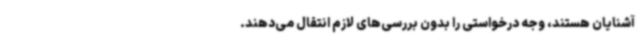
آشنایان هستند، وجه درخواستی را بدون بررسی‌های لازم انتقال می‌دهند.